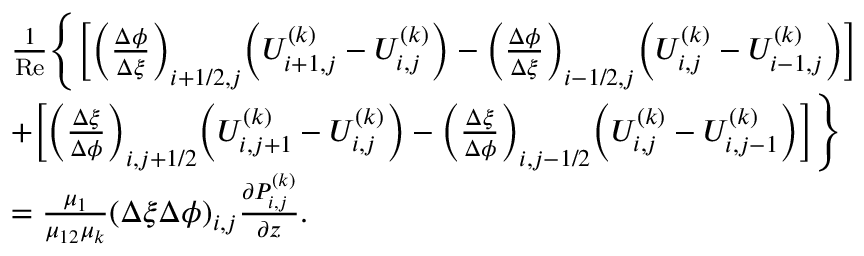
\begin{array} { r l } & { \begin{array} { r l } & { \frac { 1 } { \mathrm { R e } } \Biggl \{ \bigg [ \bigg ( \frac { \Delta \phi } { \Delta \xi } \bigg ) _ { i + 1 / 2 , j } \bigg ( U _ { i + 1 , j } ^ { ( k ) } - U _ { i , j } ^ { ( k ) } \bigg ) - \bigg ( \frac { \Delta \phi } { \Delta \xi } \bigg ) _ { i - 1 / 2 , j } \bigg ( U _ { i , j } ^ { ( k ) } - U _ { i - 1 , j } ^ { ( k ) } \bigg ) \bigg ] } \\ & { + \bigg [ \bigg ( \frac { \Delta \xi } { \Delta \phi } \bigg ) _ { i , j + 1 / 2 } \bigg ( U _ { i , j + 1 } ^ { ( k ) } - U _ { i , j } ^ { ( k ) } \bigg ) - \bigg ( \frac { \Delta \xi } { \Delta \phi } \bigg ) _ { i , j - 1 / 2 } \bigg ( U _ { i , j } ^ { ( k ) } - U _ { i , j - 1 } ^ { ( k ) } \bigg ) \bigg ] \Biggr \} } \\ & { = \frac { \mu _ { 1 } } { \mu _ { 1 2 } \mu _ { k } } ( \Delta \xi \Delta \phi ) _ { i , j } \frac { \partial P _ { i , j } ^ { ( k ) } } { \partial z } . } \end{array} } \end{array}